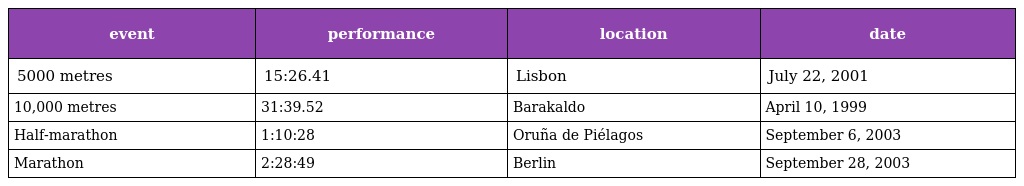
| event | performance | location | date |
 | --- | --- | --- | --- |
 | 5000 metres | 15:26.41 | Lisbon | July 22, 2001 |
 | 10,000 metres | 31:39.52 | Barakaldo | April 10, 1999 |
 | Half-marathon | 1:10:28 | Oruña de Piélagos | September 6, 2003 |
 | Marathon | 2:28:49 | Berlin | September 28, 2003 |